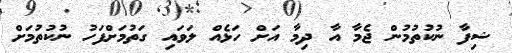
ޝިފާ ނުކުތުމުން ޖެމާ އާ ދިމާ އަށް ހަޅެއް ލަވައި ގަތުމަށްފަހު ނުކުތުމަށް